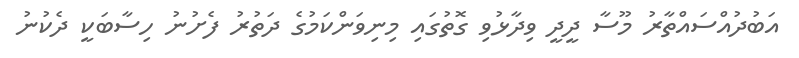
އަބުދުއްސައްތާރު މޫސާ ދީދީ ވިދާޅުވި ގޮތުގައި މިނިވަންކަމުގެ ދަތުރު ފެށުނު ހިސާބަކީ ދެކުނު